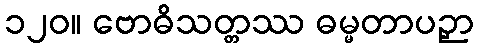
၁၂၀။ ဗောဓိသတ္တဿ ဓမ္မတာပဉှာ